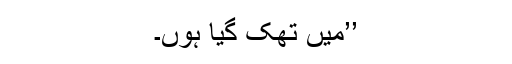
’’میں تھک گیا ہوں۔